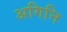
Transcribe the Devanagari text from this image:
अगिनि